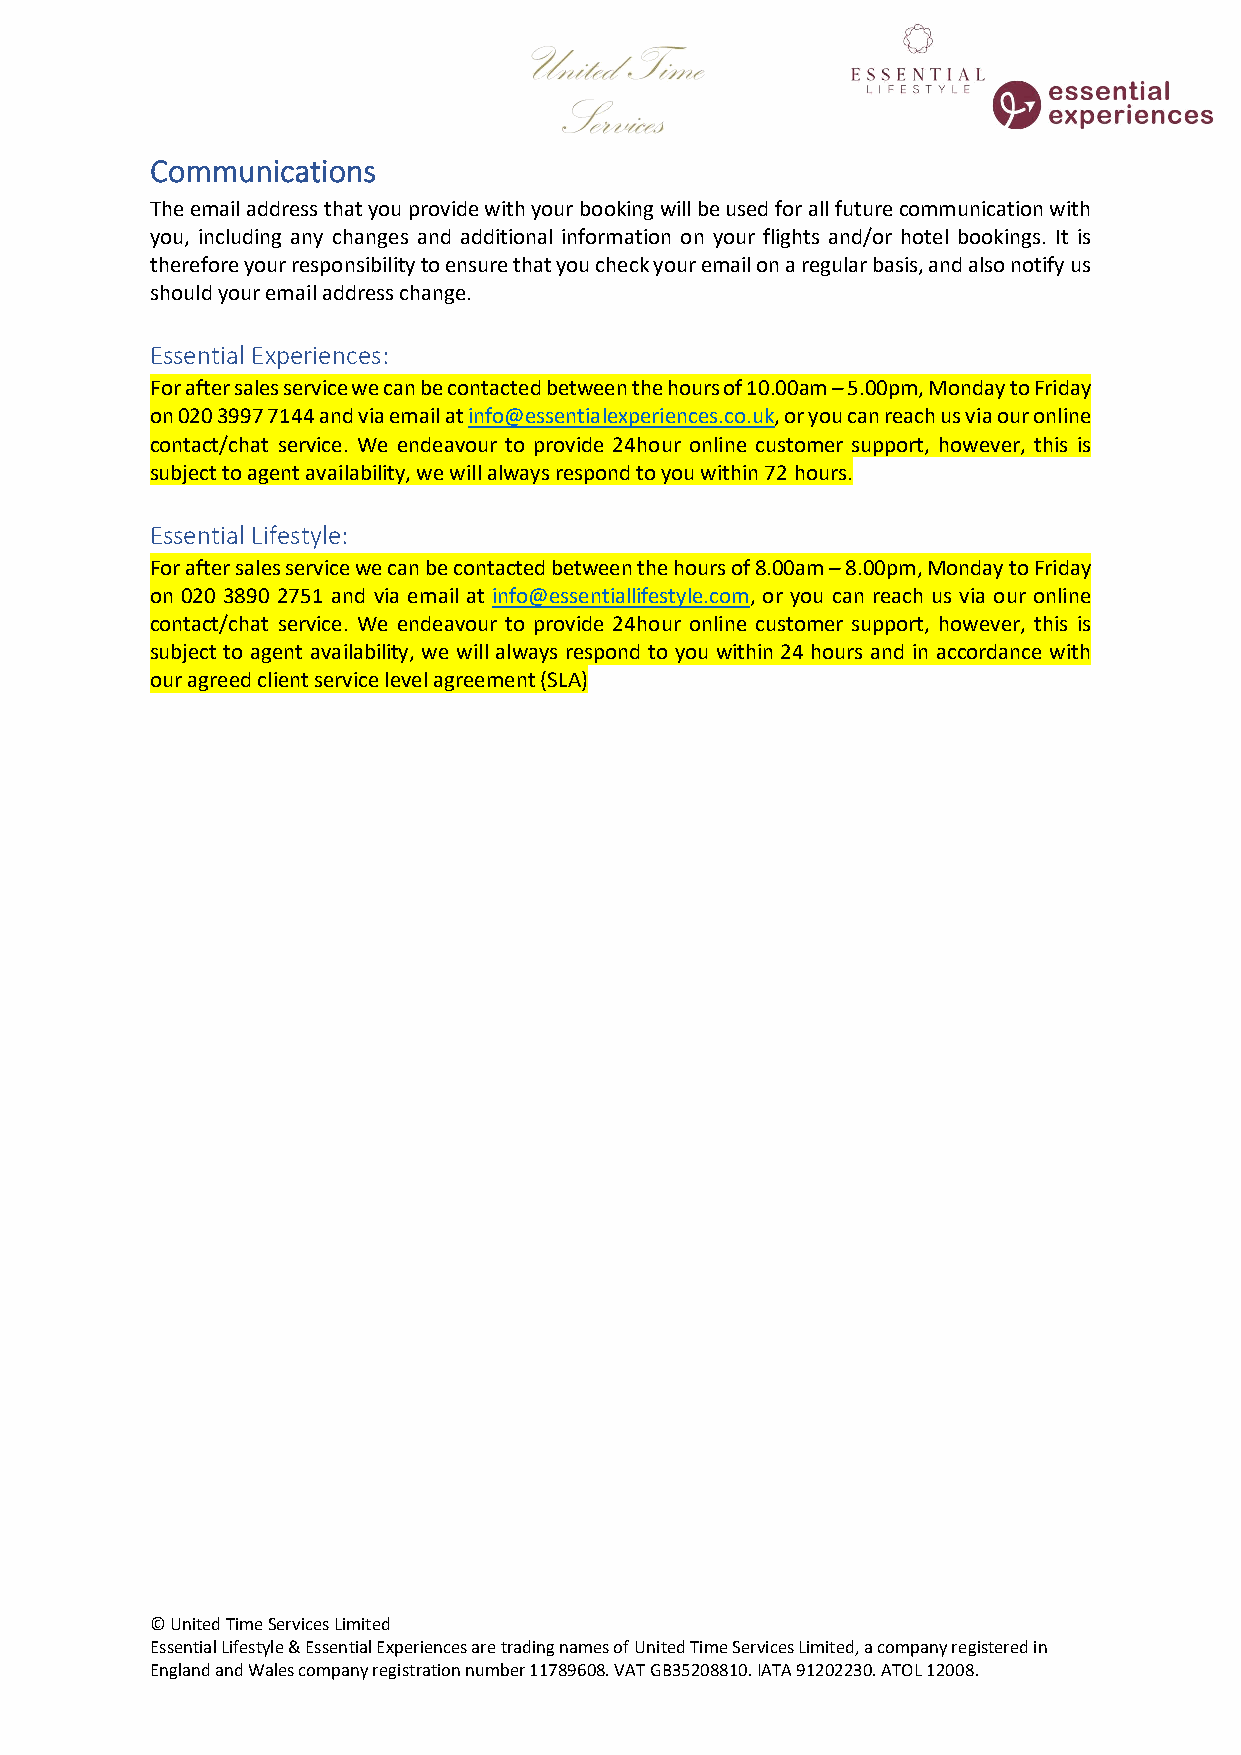
Communications
 The email address that you provide with your booking will be used for all future communication with
 you, including any changes and additional information on your flights and/or hotel bookings. It is
 therefore your responsibility to ensure that you check your email on a regular basis, and also notify us
 should your email address change.
 Essential Experiences:
 For after sales service we can be contacted between the hours of 10.00am – 5.00pm, Monday to Friday
 on 020 3997 7144 and via email at info@essentialexperiences.co.uk, or you can reach us via our online
 contact/chat service. We endeavour to provide 24hour online customer support, however, this is
 subject to agent availability, we will always respond to you within 72 hours.
 Essential Lifestyle:
 For after sales service we can be contacted between the hours of 8.00am – 8.00pm, Monday to Friday
 on 020 3890 2751 and via email at info@essentiallifestyle.com, or you can reach us via our online
 contact/chat service. We endeavour to provide 24hour online customer support, however, this is
 subject to agent availability, we will always respond to you within 24 hours and in accordance with
 our agreed client service level agreement (SLA)
 © United Time Services Limited
 Essential Lifestyle & Essential Experiences are trading names of United Time Services Limited, a company registered in
 England and Wales company registration number 11789608. VAT GB35208810. IATA 91202230. ATOL 12008.